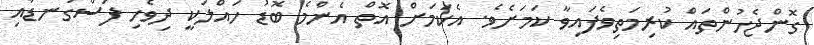
ގޮންޖެހުންތައް ކުރިމަތިވެފައިވާ ކަމަށެވެ. އެކަމަށް އޮތް އެންމެ ބޮޑު ހައްލަކީ ދިވެހި ފަސްގަނޑާއި